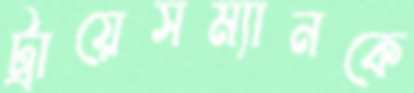
ট্রায়েসম্যানকে